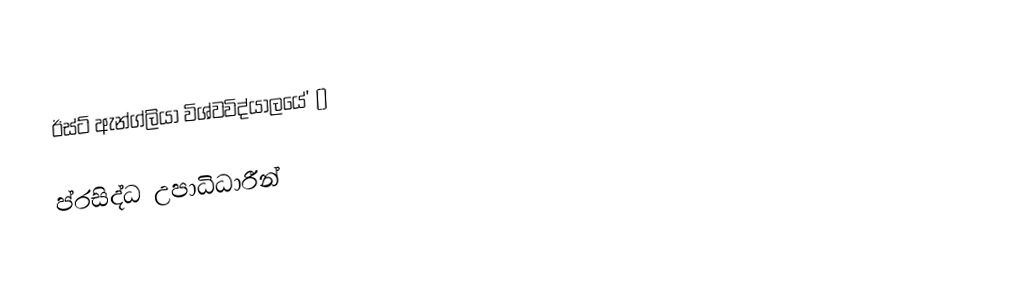
ඊස්ට් ඇන්ග්ලියා විශ්වවිද්යාලයේ' ()

ප්රසිද්ධ උපාධිධාරීන්